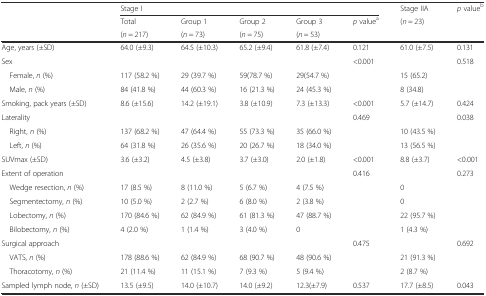
<table><thead><tr><td rowspan="3"></td><td colspan="5"><b>Stage I</b></td><td><b>Stage IIA</b></td><td rowspan="3"><b><i>p</i> value<sup>b</sup></b></td></tr><tr><td><b>Total</b></td><td><b>Group 1</b></td><td><b>Group 2</b></td><td><b>Group 3</b></td><td><b><i>p</i> value<sup>a</sup></b></td><td rowspan="2"><b>(<i>n</i> = 23)</b></td></tr><tr><td><b>(<i>n</i> = 217)</b></td><td><b>(<i>n</i> = 73)</b></td><td><b>(<i>n</i> = 75)</b></td><td><b>(<i>n</i> = 53)</b></td><td></td></tr></thead><tbody><tr><td>Age, years (±SD)</td><td>64.0 (±9.3)</td><td>64.5 (±10.3)</td><td>65.2 (±9.4)</td><td>61.8 (±7.4)</td><td>0.121</td><td>61.0 (±7.5)</td><td>0.131</td></tr><tr><td>Sex</td><td></td><td></td><td></td><td></td><td>&lt;0.001</td><td></td><td>0.518</td></tr><tr><td> Female, <i>n</i> (%)</td><td>117 (58.2 %)</td><td>29 (39.7 %)</td><td>59(78.7 %)</td><td>29(54.7 %)</td><td></td><td>15 (65.2)</td><td></td></tr><tr><td> Male, <i>n</i> (%)</td><td>84 (41.8 %)</td><td>44 (60.3 %)</td><td>16 (21.3 %)</td><td>24 (45.3 %)</td><td></td><td>8 (34.8)</td><td></td></tr><tr><td>Smoking, pack years (±SD)</td><td>8.6 (±15.6)</td><td>14.2 (±19.1)</td><td>3.8 (±10.9)</td><td>7.3 (±13.3)</td><td>&lt;0.001</td><td>5.7 (±14.7)</td><td>0.424</td></tr><tr><td>Laterality</td><td></td><td></td><td></td><td></td><td>0.469</td><td></td><td>0.038</td></tr><tr><td> Right, <i>n</i> (%)</td><td>137 (68.2 %)</td><td>47 (64.4 %)</td><td>55 (73.3 %)</td><td>35 (66.0 %)</td><td></td><td>10 (43.5 %)</td><td></td></tr><tr><td> Left, <i>n</i> (%)</td><td>64 (31.8 %)</td><td>26 (35.6 %)</td><td>20 (26.7 %)</td><td>18 (34.0 %)</td><td></td><td>13 (56.5 %)</td><td></td></tr><tr><td>SUVmax (±SD)</td><td>3.6 (±3.2)</td><td>4.5 (±3.8)</td><td>3.7 (±3.0)</td><td>2.0 (±1.8)</td><td>&lt;0.001</td><td>8.8 (±3.7)</td><td>&lt;0.001</td></tr><tr><td>Extent of operation</td><td></td><td></td><td></td><td></td><td>0.416</td><td></td><td>0.273</td></tr><tr><td> Wedge resection, <i>n</i> (%)</td><td>17 (8.5 %)</td><td>8 (11.0 %)</td><td>5 (6.7 %)</td><td>4 (7.5 %)</td><td></td><td>0</td><td></td></tr><tr><td> Segmentectomy, <i>n</i> (%)</td><td>10 (5.0 %)</td><td>2 (2.7 %)</td><td>6 (8.0 %)</td><td>2 (3.8 %)</td><td></td><td>0</td><td></td></tr><tr><td> Lobectomy, <i>n</i> (%)</td><td>170 (84.6 %)</td><td>62 (84.9 %)</td><td>61 (81.3 %)</td><td>47 (88.7 %)</td><td></td><td>22 (95.7 %)</td><td></td></tr><tr><td> Bilobectomy, <i>n</i> (%)</td><td>4 (2.0 %)</td><td>1 (1.4 %)</td><td>3 (4.0 %)</td><td>0</td><td></td><td>1 (4.3 %)</td><td></td></tr><tr><td>Surgical approach</td><td></td><td></td><td></td><td></td><td>0.475</td><td></td><td>0.692</td></tr><tr><td> VATS, <i>n</i> (%)</td><td>178 (88.6 %)</td><td>62 (84.9 %)</td><td>68 (90.7 %)</td><td>48 (90.6 %)</td><td></td><td>21 (91.3 %)</td><td></td></tr><tr><td> Thoracotomy, <i>n</i> (%)</td><td>21 (11.4 %)</td><td>11 (15.1 %)</td><td>7 (9.3 %)</td><td>5 (9.4 %)</td><td></td><td>2 (8.7 %)</td><td></td></tr><tr><td>Sampled lymph node, <i>n</i> (±SD)</td><td>13.5 (±9.5)</td><td>14.0 (±10.7)</td><td>14.0 (±9.2)</td><td>12.3(±7.9)</td><td>0.537</td><td>17.7 (±8.5)</td><td>0.043</td></tr></tbody></table>